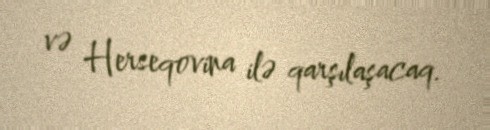
və Herseqovina ilə qarşılaşacaq.